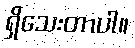
ရှိသေးတာပါ။